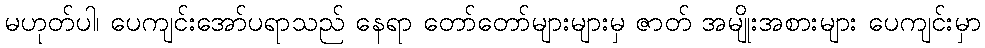
မဟုတ်ပါ၊ ပေကျင်းအော်ပရာသည် နေရာ တော်တော်များများမှ ဇာတ် အမျိုးအစားများ ပေကျင်းမှာ